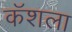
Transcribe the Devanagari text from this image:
कॅशला